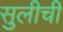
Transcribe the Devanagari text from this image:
सुलीची